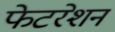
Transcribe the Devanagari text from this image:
फेटरेशन